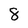
Character: 8